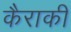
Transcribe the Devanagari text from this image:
कैराकी